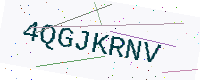
Text: 4QGJKRNV